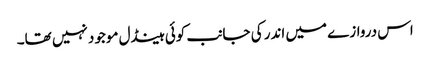
اس دروازے میں اندر کی جانب کوئی ہینڈل موجود نہیں تھا۔